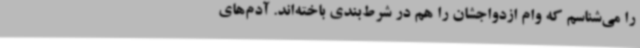
را می‌شناسم که وام ازدواجشان را هم در شرط‌بندی باخته‌اند. آدم‌های